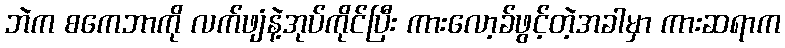
ဘဲက စကေဘာကို လက်ဖျံနဲ့အုပ်ကိုင်ပြီး ကားလော့ခ်ဖွင့်တဲ့အခါမှာ ကားဆရာက